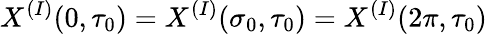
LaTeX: X^{(I)}(0,\tau_{0})=X^{(I)}(\sigma_{0},\tau_{0})=X^{(I)}(2\pi,\tau_{0})